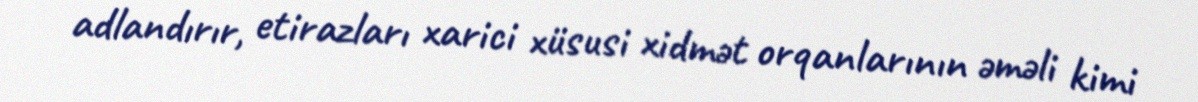
adlandırır, etirazları xarici xüsusi xidmət orqanlarının əməli kimi